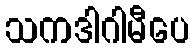
သကဒါဂါမီပေ